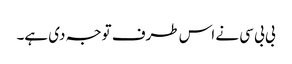
بی بی سی نے اس طرف توجہ دی ہے۔